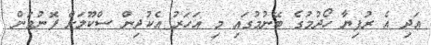
އަދި އެ ރުފިޔާ ހޯދުމުގެ ބޭނުމުގައި މި އަހަރު އެކުދިން ސްކޫލަށް ފޮނުވަން